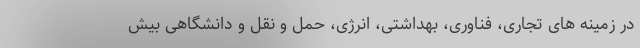
در زمینه های تجاری، فناوری، بهداشتی، انرژی، حمل و نقل و دانشگاهی بیش